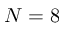
N = 8